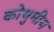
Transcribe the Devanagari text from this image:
कोथुमीय